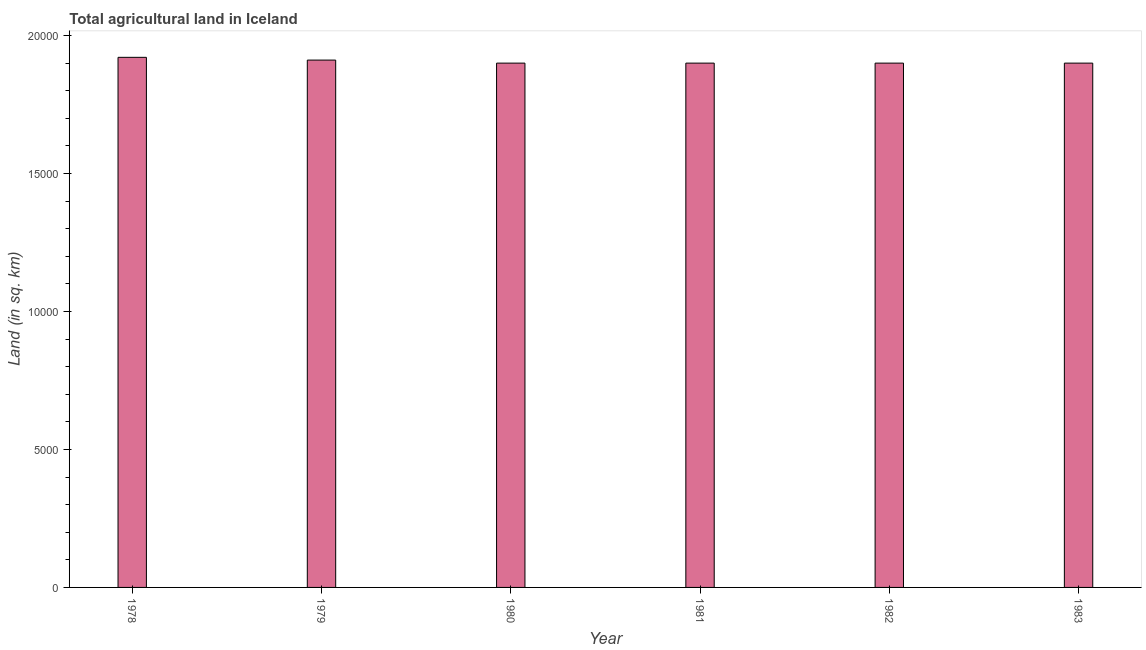
| Year | Agricultural land (sq. km) |
 | --- | --- |
 | 1978 | 1.92e+04 |
 | 1979 | 1.91e+04 |
 | 1980 | 1.9e+04 |
 | 1981 | 1.9e+04 |
 | 1982 | 1.9e+04 |
 | 1983 | 1.9e+04 |